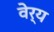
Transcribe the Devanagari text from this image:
वेर्य